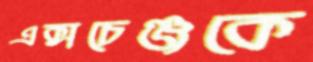
এক্সচেঞ্জকে